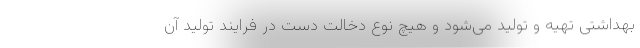
بهداشتی تهیه و تولید می‌شود و هیچ نوع دخالت دست در فرایند تولید آن